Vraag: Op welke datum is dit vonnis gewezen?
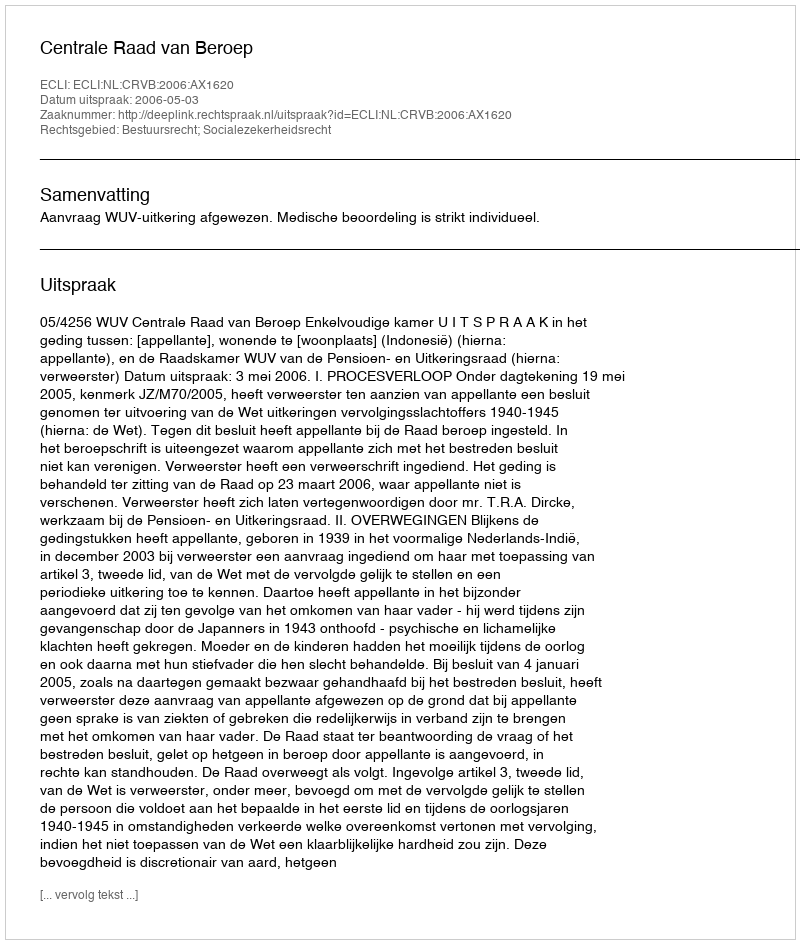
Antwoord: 2006-05-03